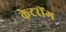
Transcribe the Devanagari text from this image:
केटरींग